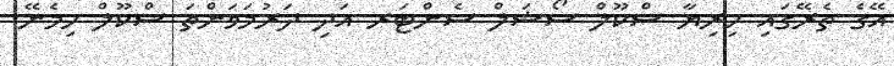
އޭގެ ތެރޭގައި ހިރިޔާ ސްކޫލް ސޯޝަލް ސެންޓަރ އަދި ދަރުމަވަންތަ ސްކޫލް ހިމެނޭ.